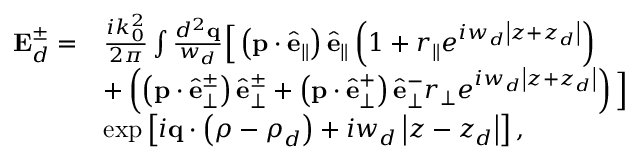
\begin{array} { r l } { \mathbf { E } _ { d } ^ { \pm } = } & { \frac { i k _ { 0 } ^ { 2 } } { 2 \pi } \int \frac { d ^ { 2 } \mathbf { q } } { w _ { d } } \Big [ \left( \mathbf { p } \cdot \hat { \mathbf { e } } _ { \parallel } \right) \hat { \mathbf { e } } _ { \parallel } \left( 1 + r _ { \parallel } e ^ { i w _ { d } \left\vert z + z _ { d } \right\vert } \right) } \\ & { + \left( \left( \mathbf { p } \cdot \hat { \mathbf { e } } _ { \perp } ^ { \pm } \right) \hat { \mathbf { e } } _ { \perp } ^ { \pm } + \left( \mathbf { p } \cdot \hat { \mathbf { e } } _ { \perp } ^ { + } \right) \hat { \mathbf { e } } _ { \perp } ^ { - } r _ { \perp } e ^ { i w _ { d } \left\vert z + z _ { d } \right\vert } \right) \Big ] } \\ & { \exp \left[ i \mathbf { q } \cdot \left( \boldsymbol { \rho } - \boldsymbol { \rho } _ { d } \right) + i w _ { d } \left\vert z - z _ { d } \right\vert \right] , } \end{array}